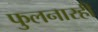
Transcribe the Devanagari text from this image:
फुलनारही